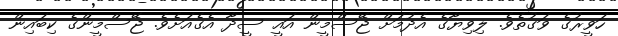
ހަވީރުގެ ވަގުތެވެ. ލިވިޔާގެ އެދުމަށް ޖޭސްމީން އައީ ސީދާ އެގެއަށެވެ. ޖޭސްމީންގެ ކިބައިން